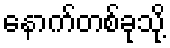
နောက်တစ်ခုသို့